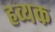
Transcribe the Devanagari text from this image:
हव्यक